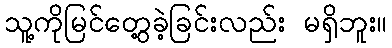
သူ့ကိုမြင်တွေ့ခဲ့ခြင်းလည်း မရှိဘူး။